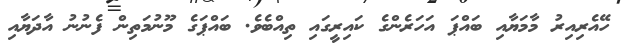
ހޭއެރިއިރު މާމަޔާއި ބައްޕަ އަހަރެންގެ ކައިރީގައި ތިއްބެވެ. ބައްޕަގެ މޫނުމަތިން ފެނުނު އާދަޔާއި